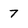
Character: 7